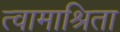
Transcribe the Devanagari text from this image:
त्वामाश्रिता